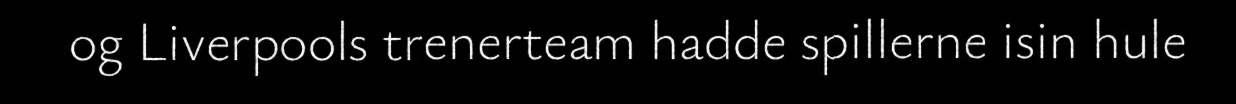
og Liverpools trenerteam hadde spillerne isin hule